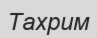
Тахрим